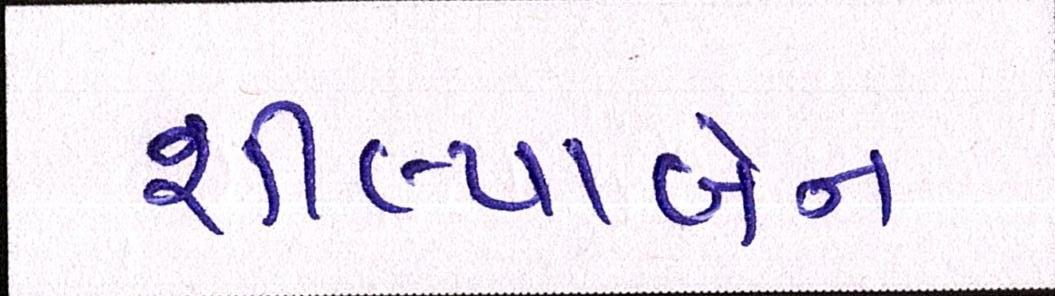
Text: શીલ્પાબેન